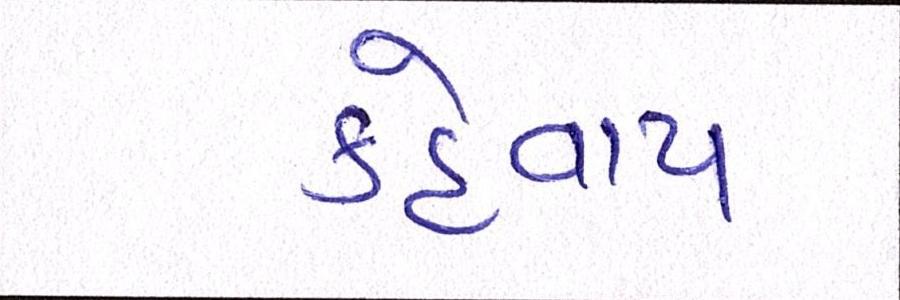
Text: કહેવાય